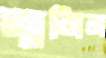
জ্বলিল